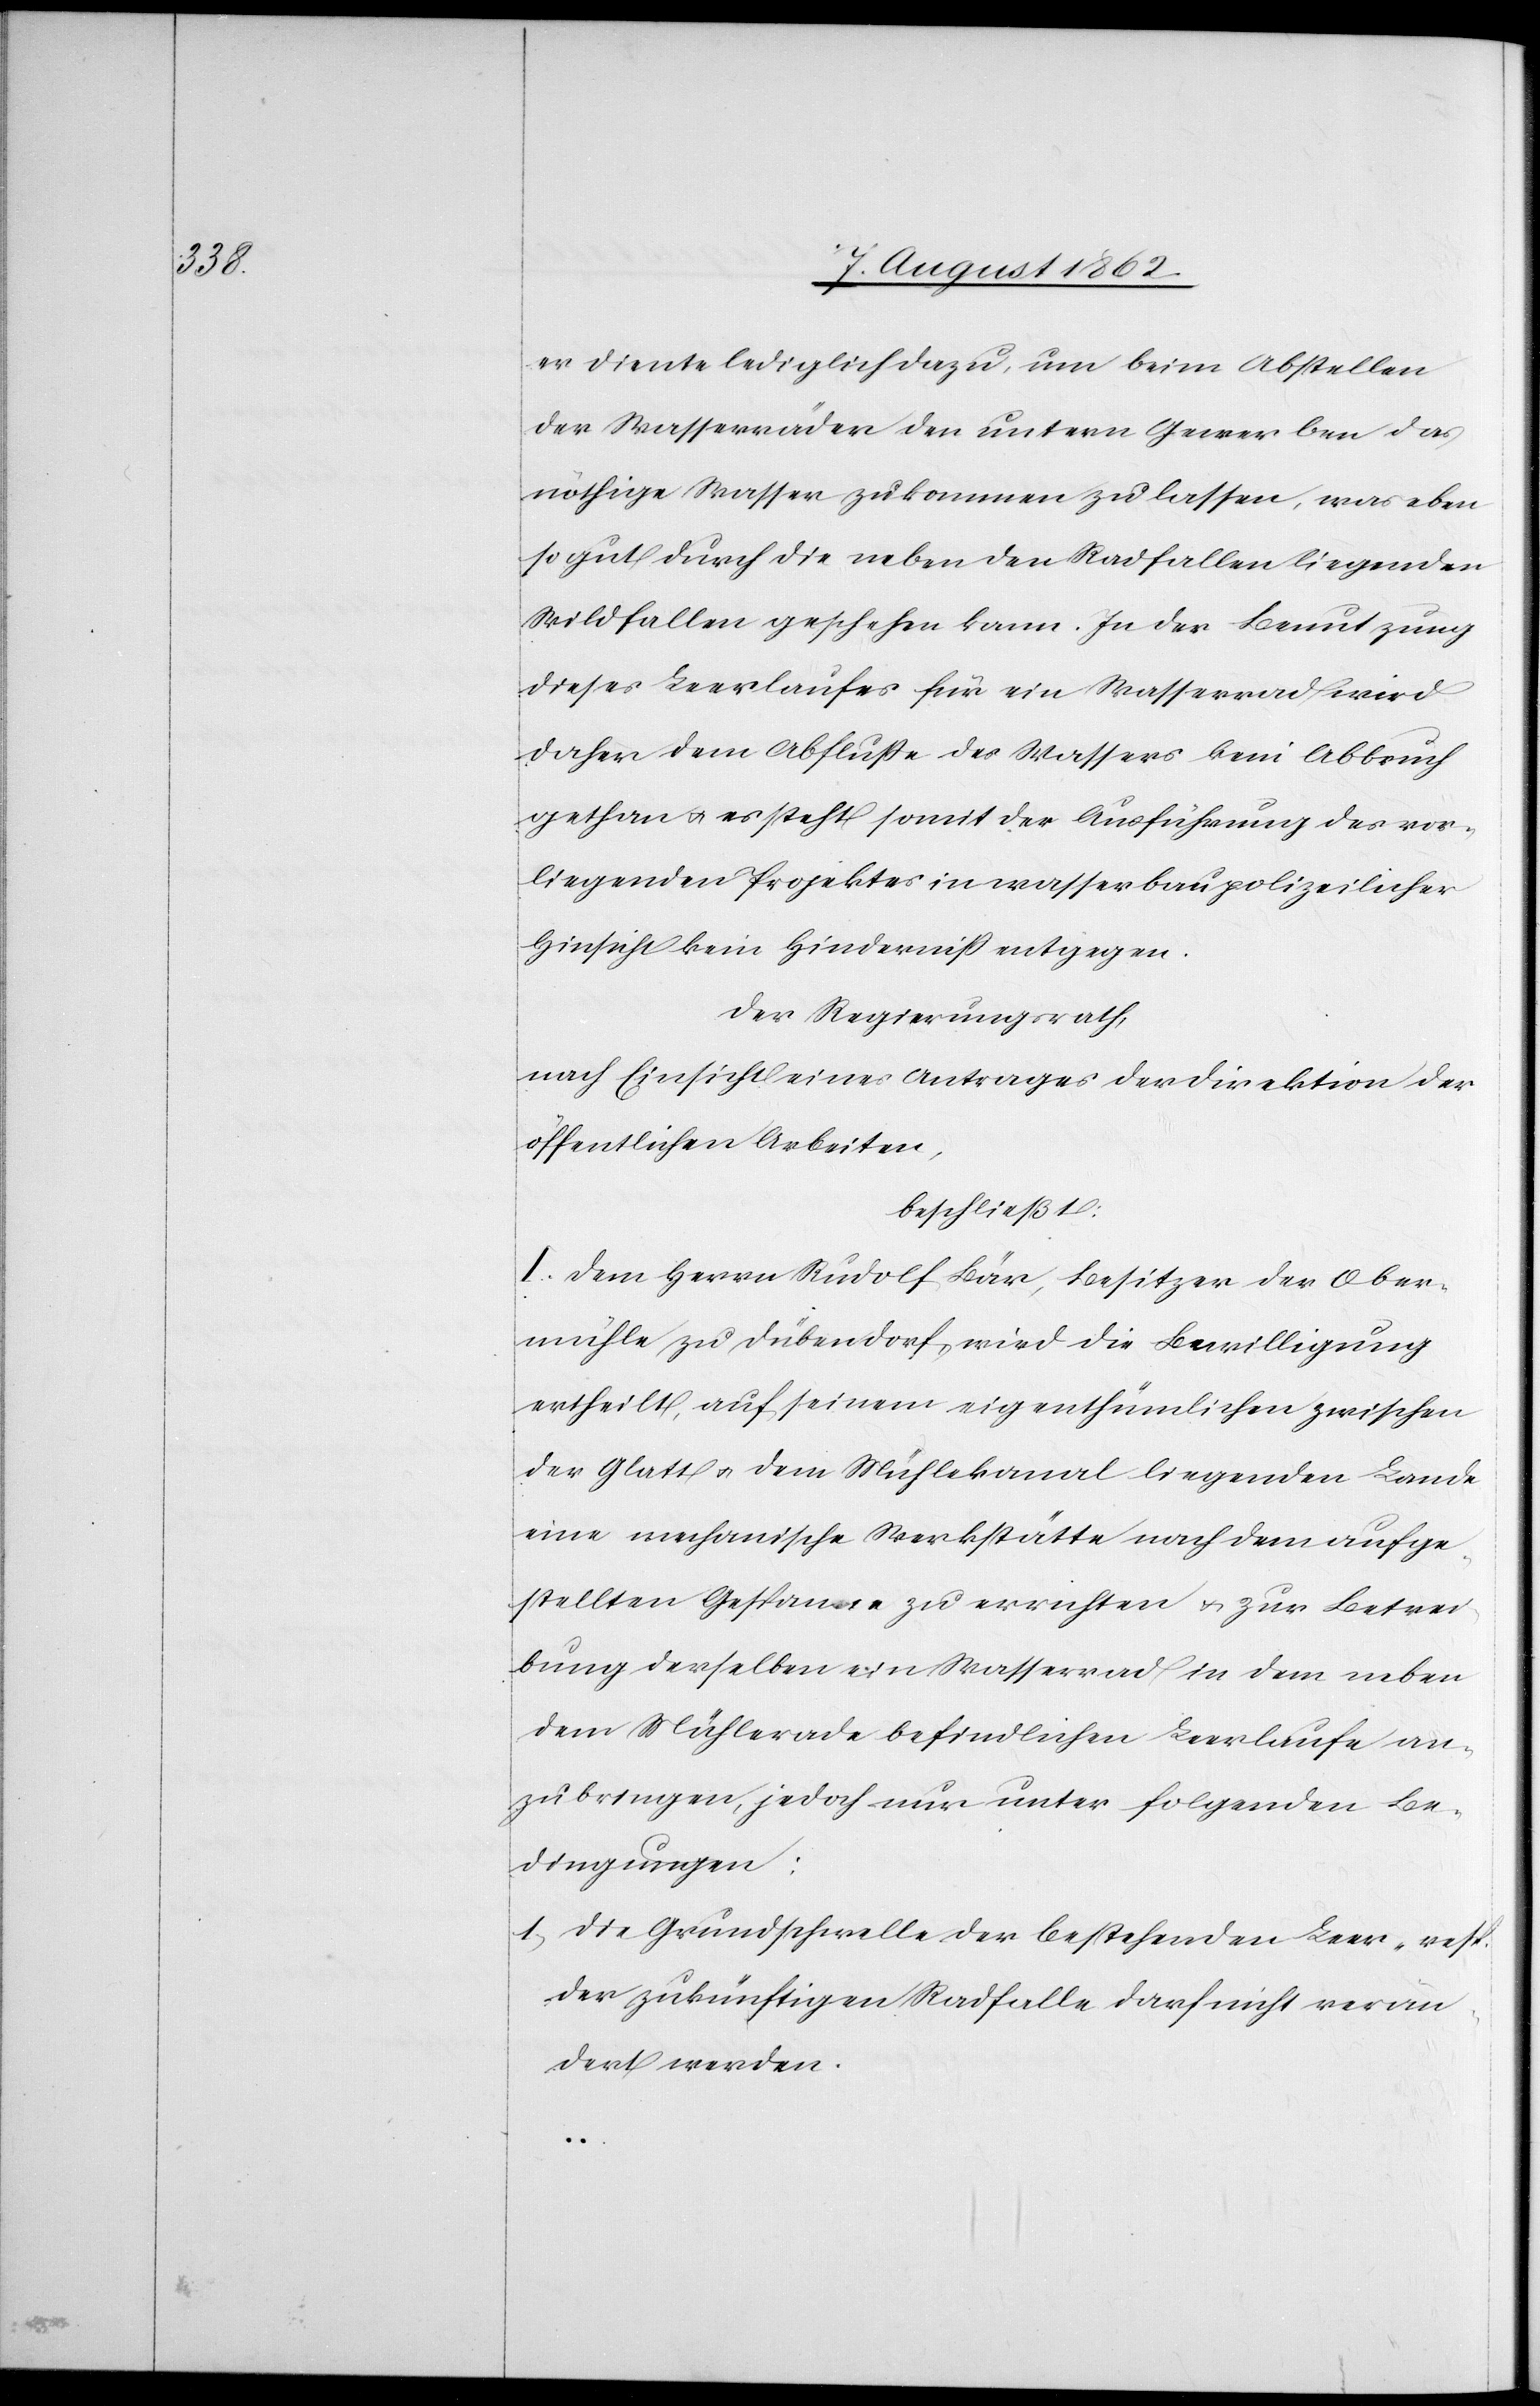
er diente leidlich dazu, um beim Abstellen
der Wasserräder den untern Gewerben das
nöthige Wasser zukommen zu lassen, was eben
so gut durch die neben den Radfallen liegenden
Wildfallen geschehen kann. In der Benutzung
dieses Leerlaufes für ein Wasserrad wird
daher dem Abflusse des Wassers kein Abbruch
gethan u. es steht somit der Ausführung des vor¬
liegenden Projektes in wasserbaupolizeilicher
Hinsicht kein Hinderniß entgegen.
Der Regierungsrath,
nach Einsicht eines Antrages der Direktion der
öffentlichen Arbeiten,
beschließt:
I. Dem Herrn Rudolf Bär, Besitzer der Ober¬
mühle zu Dübendorf, wird die Bewilligung
ertheilt, auf seinem eigenthümlichen zwischen
der Glatt u. dem Mühlekanal liegenden Lande
eine mechanische Werkstätte nach dem aufge¬
stellten Gasthause zu errichten u. zur Betrei¬
bung derselben ein Wasserrad in dem neben
dem Mühlerade befindlichen Leerlaufe an¬
zubringen, jedoch nur unter folgenden Be¬
dingungen:
1) Die Grundschwelle der bestehenden Leer- resp.
der zukünftigen Radfalle darf nicht verän¬
dert werden.